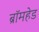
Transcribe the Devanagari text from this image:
ब्रॉमहेड